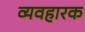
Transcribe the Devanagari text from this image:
व्यवहारक